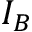
I _ { B }